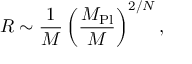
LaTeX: R \sim { \frac { 1 } { M } } \left( \frac { M _ { \mathrm { P l } } } { M } \right) ^ { 2 / N } ,